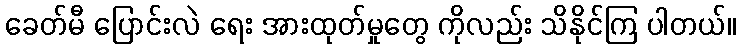
ခေတ်မီ ပြောင်းလဲ ရေး အားထုတ်မှုတွေ ကိုလည်း သိနိုင်ကြ ပါတယ်။